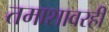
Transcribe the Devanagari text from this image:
तमाशावरही